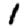
Digit: 1